Note on the mental hospitals in Burma - 1925-1940
Year: 1925
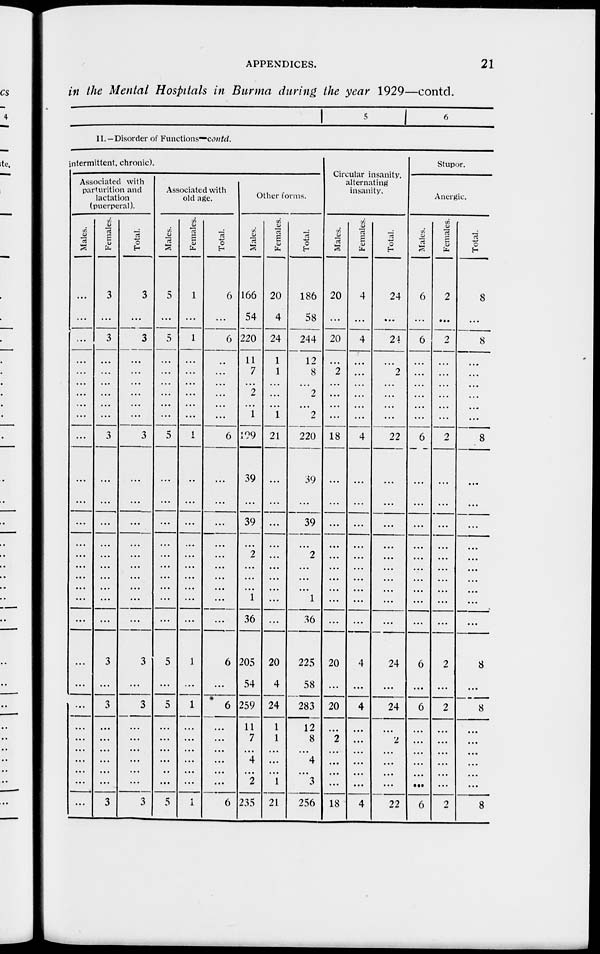
APPENDICES.
21
in the Mental Hospitals in Burma during the year 1929—contd.
5
6
II. —Disorder of Functions—contd.
intermittent, chronic).
Associated with
parturition and
lactation
(puerperal).
Males.
...
...
...
...
...
...
...
...
...
...
...
...
...
...
...
...
...
...
...
...
...
...
...
...
...
...
...
...
...
...
Females.
3
...
3
...
...
...
...
...
...
3
...
...
...
...
...
...
...
...
...
...
3
...
3
...
...
...
...
...
...
3
Total.
3
...
3
...
...
...
...
...
...
3
...
...
...
...
...
...
...
...
...
...
3
...
3
...
...
...
...
...
...
3
Associated with
old age.
Males.
5
...
5
...
...
...
...
...
...
5
...
...
...
...
...
...
...
...
...
...
5
...
5
...
...
...
...
...
...
5
Females.
1
...
1
...
...
...
...
...
...
1
...
...
...
...
...
...
...
...
...
...
1
...
1
...
...
...
...
...
...
1
Total.
6
...
6
...
...
...
...
...
...
6
...
...
...
...
...
...
...
...
...
...
6
...
6
...
...
...
...
...
...
6
Other forms.
Males.
166
54
220
11
7
...
2
...
1
199
39
...
39
...
2
...
...
...
1
36
205
54
259
11
7
...
4
...
2
235
Females.
20
4
24
1
1
...
...
...
1
21
...
...
...
...
...
...
...
...
...
...
20
4
24
1
1
...
...
...
1
21
Total.
186
58
244
12
8
...
2
...
2
220
39
...
39
...
2
...
...
...
1
36
225
58
283
12
8
...
4
...
3
256
Circular insanity,
alternating
insanity.
Males.
20
...
20
...
2
...
...
...
...
18
...
...
...
...
...
...
...
...
...
...
20
...
20
...
2
...
...
...
...
18
Females.
4
...
4
...
...
...
...
...
...
4
...
...
...
...
...
...
...
...
...
...
4
...
4
...
...
...
...
...
...
4
Total.
24
...
24
...
2
...
...
...
...
22
...
...
...
...
...
...
...
...
...
...
24
...
24
...
2
...
...
...
...
22
Stupor.
Anergic.
Males.
6
...
6
...
...
...
...
...
...
6
...
...
...
...
...
...
...
...
...
...
6
...
6
...
...
...
...
...
...
6
Females.
2
...
2
...
...
...
...
...
...
2
...
...
...
...
...
...
...
...
...
...
2
...
2
...
...
...
...
...
...
2
Total.
8
...
8
...
...
...
...
...
8
...
...
...
...
...
...
...
...
...
8
...
8
...
...
...
...
...
...
8